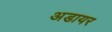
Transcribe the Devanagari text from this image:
अडायर